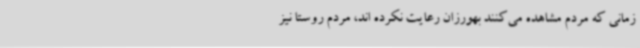
زمانی که مردم مشاهده می‌کنند بهورزان رعایت نکرده اند، مردم روستا نیز